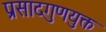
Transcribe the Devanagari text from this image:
प्रसादगुणयुक्त